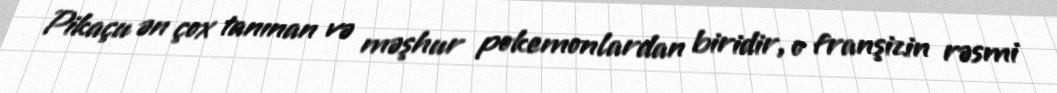
Pikaçu ən çox tanınan və məşhur pokemonlardan biridir, o franşizin rəsmi